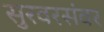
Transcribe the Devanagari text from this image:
सुरवरसंवर